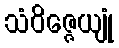
သံဝိဇ္ဇေယျုံ